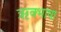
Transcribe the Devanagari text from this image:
ऋक्भाषा